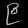
Digit: ၉